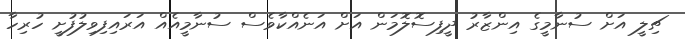
ޗިލީ އަށް ސުނާމީގެ އިންޒާރު ދީފިސޮލޮމަން އަށް އަނެއްކާވެސް ސުނާމީއެއް އަރައިފިވިލުފުށީ ހުރިހާ